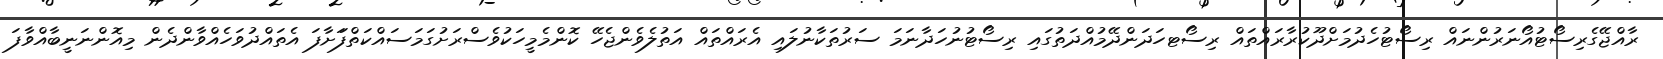
ރާއްޖޭގެރިސޯޓުއޯނަރުންނައް ރިސޯޓުހެދުމަށްދޫކުރާރައްތައް ރިސޯޓހަދަންދޭމުއްދަތުގައި ރިސޯޓުނުހަދާނަމަ ސަރުތަކާނުލައި އެރައްތައް އަތުލެވެންޖެހޭ ކޮންމެމީހަކުވެސްރަށުގަމަސައްކަތްފަަށާފަ އެތައްދުވަހެއްވާންދެން މިއޮންނަނީބާއްވާފަ